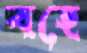
বহে